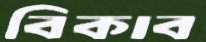
বিকাব